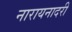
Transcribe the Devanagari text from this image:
नारायनादरी